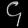
Digit: ၄